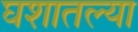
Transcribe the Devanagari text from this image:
घशातल्या